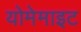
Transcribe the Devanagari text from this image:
योमेमाइट